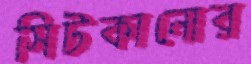
সিটকানোর